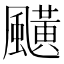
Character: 䬝